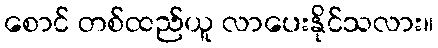
စောင် တစ်ထည်ယူ လာပေးနိုင်သလား။